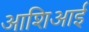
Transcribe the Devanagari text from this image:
आशिआई